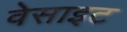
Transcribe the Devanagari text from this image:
वेसाइट